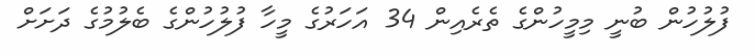
ފުލުހުން ބުނީ މިމީހުންގެ ތެރެއިން 34 އަހަރުގެ މީހާ ފުލުހުންގެ ބެލުމުގެ ދަށަށް